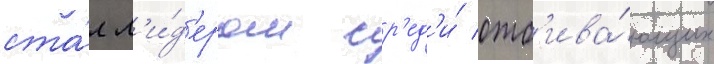
ста́л л'и́д'ером ср'ед'и́ отб'ива́ющих